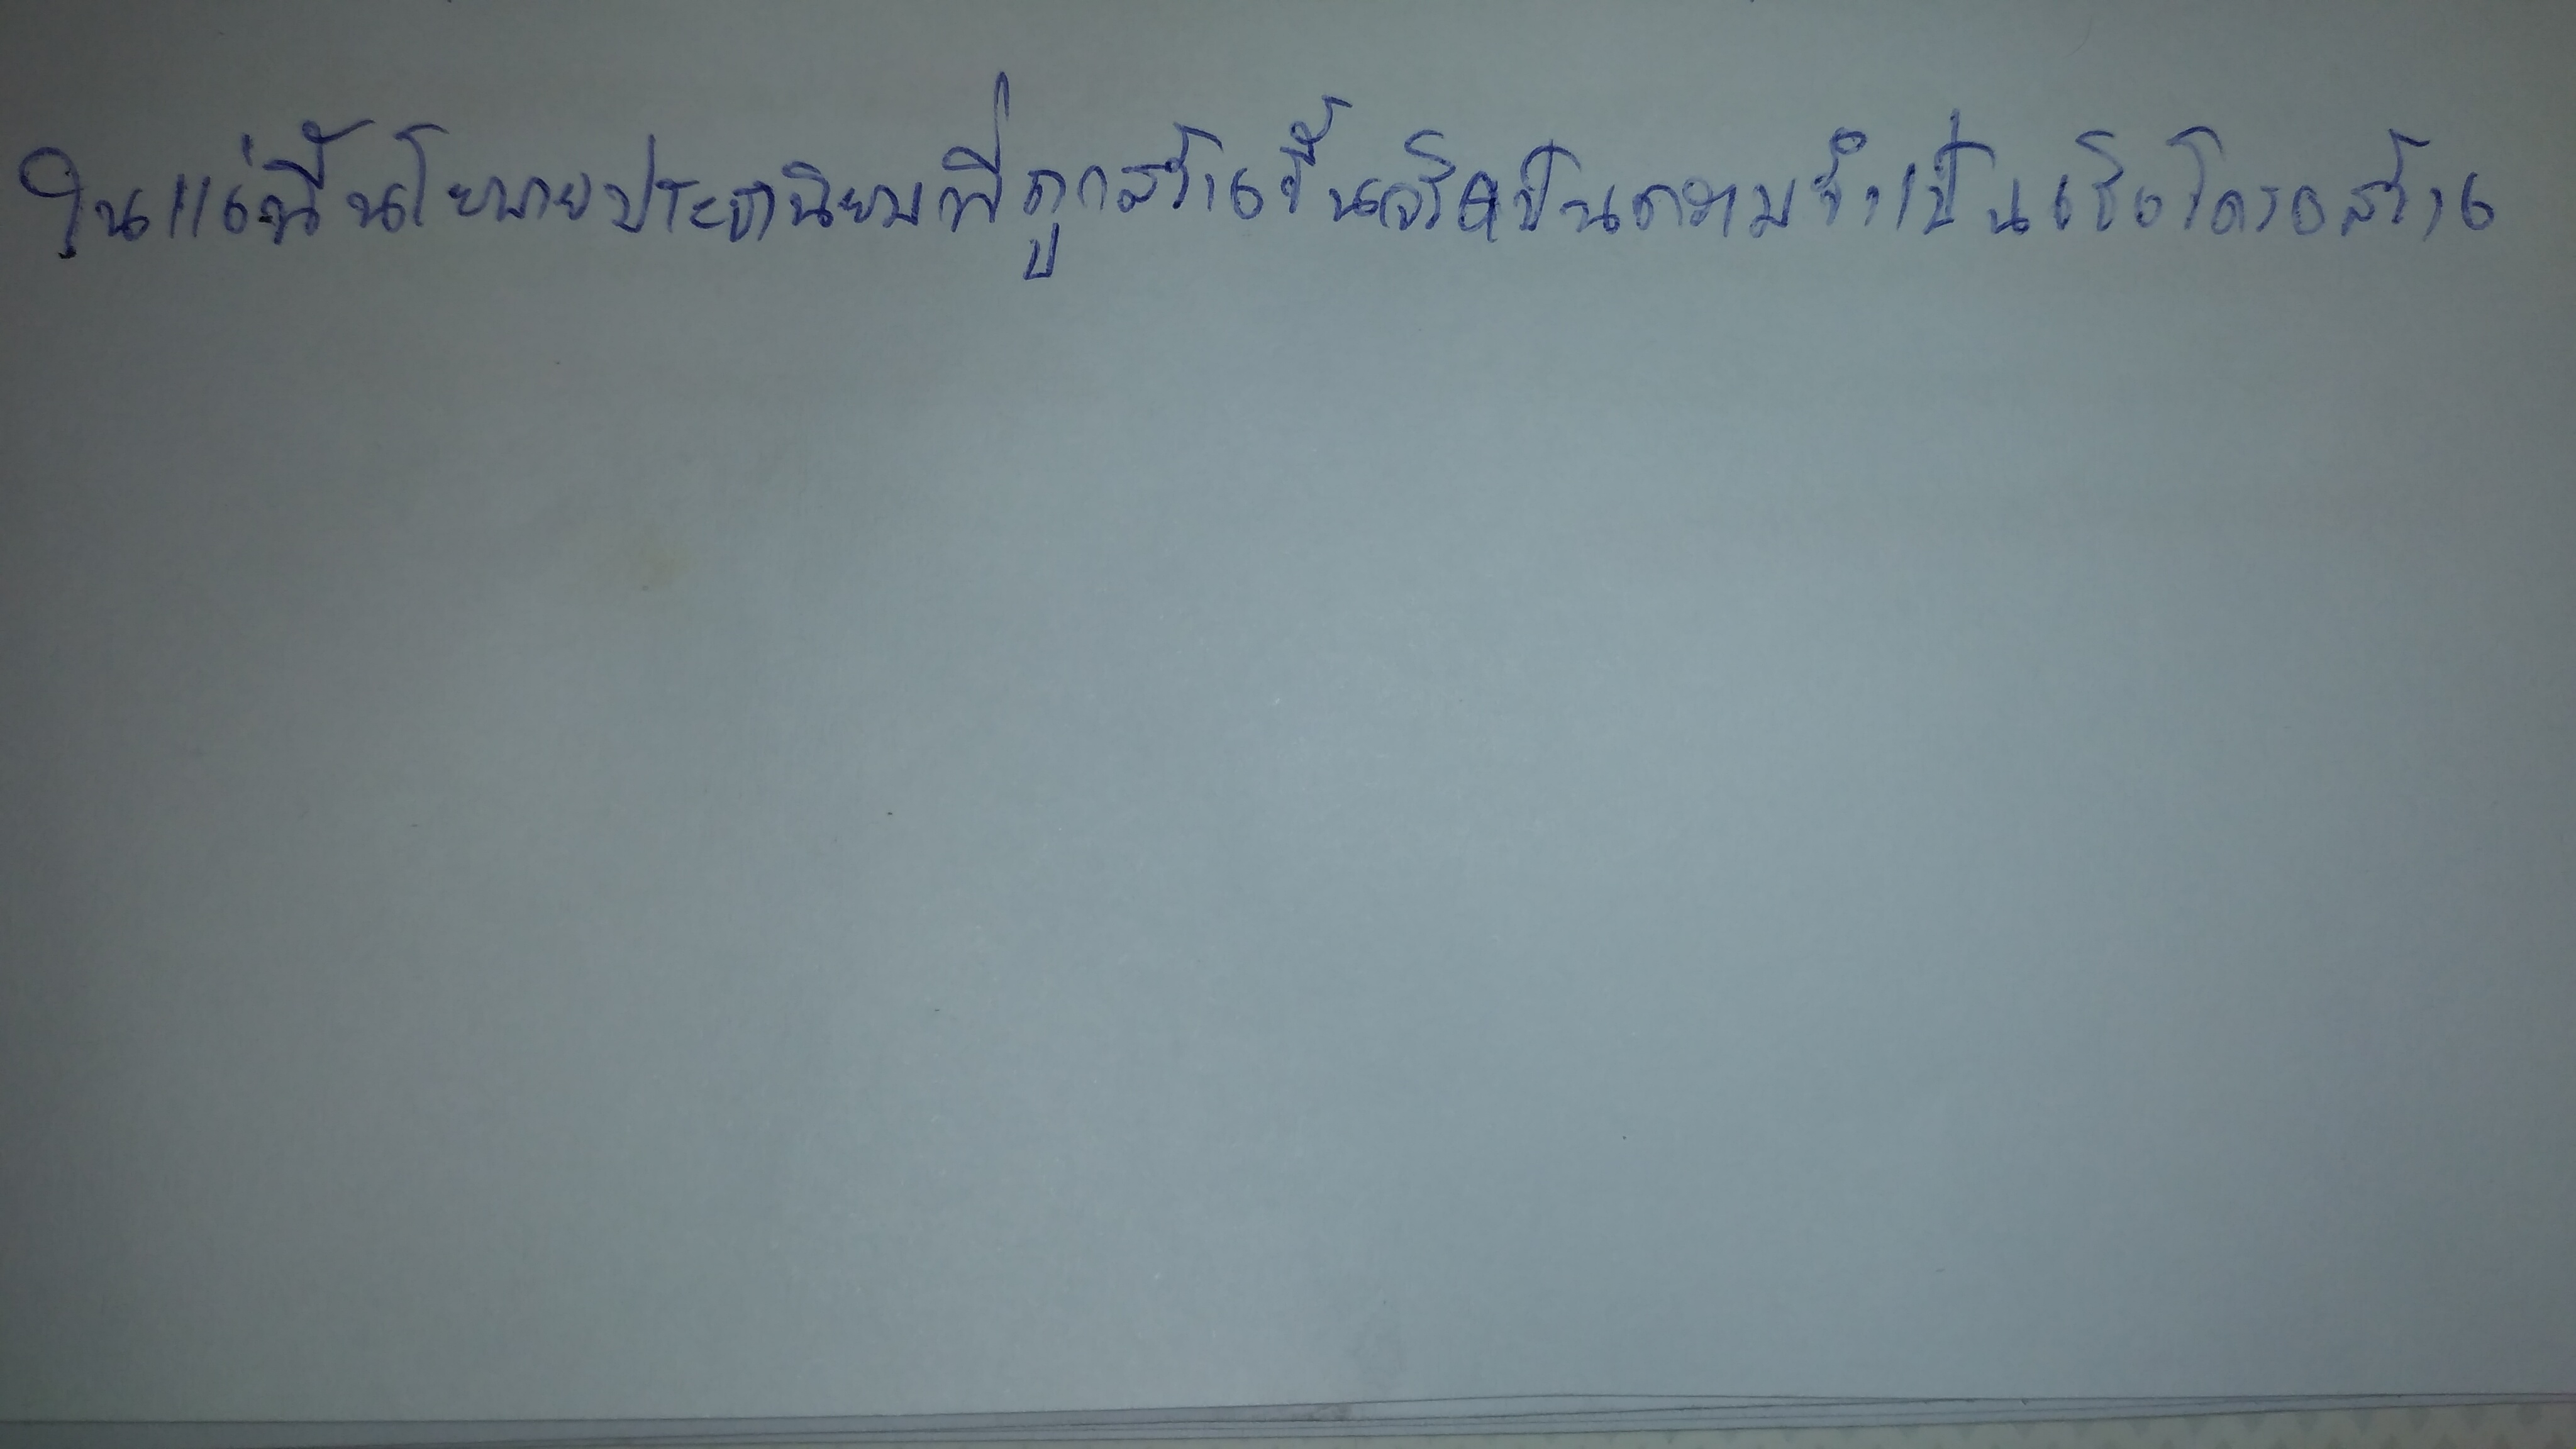
ในแง่นี้นโยบายประชานิยมที่ถูกสร้างขึ้นจึงเป็นความจำเป็นเชิงโครงสร้าง